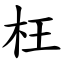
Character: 枉